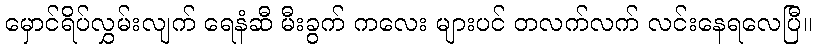
မှောင်ရိပ်လွှမ်းလျက် ရေနံဆီ မီးခွက် ကလေး များပင် တလက်လက် လင်းနေရလေပြီ။